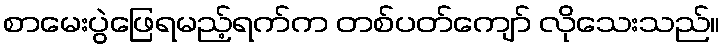
စာမေးပွဲဖြေရမည့်ရက်က တစ်ပတ်ကျော် လိုသေးသည်။